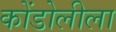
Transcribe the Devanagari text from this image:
कोंडोलीला